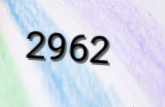
2962